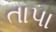
તાપા